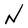
Character: N